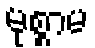
မုစ္စာမ